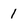
Character: i